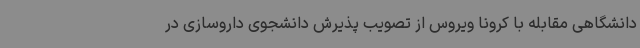
دانشگاهی مقابله با کرونا ویروس از تصویب پذیرش دانشجوی داروسازی در